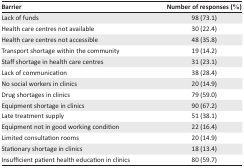
| Barrier | Number of responses (%) |
 | --- | --- |
 | Lack of funds | 98 (73.1) |
 | Health care centres not available | 30 (22.4) |
 | Health care centres not accessible | 48 (35.8) |
 | Transport shortage within the community | 19 (14.2) |
 | Staff shortage in health care centres | 31 (23.1) |
 | Lack of communication | 38 (28.4) |
 | No social workers in clinics | 20 (14.9) |
 | Drug shortages in clinics | 79 (59.0) |
 | Equipment shortage in clinics | 90 (67.2) |
 | Late treatment supply | 51 (38.1) |
 | Equipment not in good working condition | 22 (16.4) |
 | Limited consultation rooms | 20 (14.9) |
 | Stationary shortage in clinics | 18 (13.4) |
 | Insufficient patient health education in clinics | 80 (59.7) |